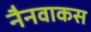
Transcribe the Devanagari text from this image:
नैनवाकस